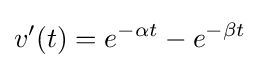
v'(t)=e^{-\alpha t}-e^{-\beta t}